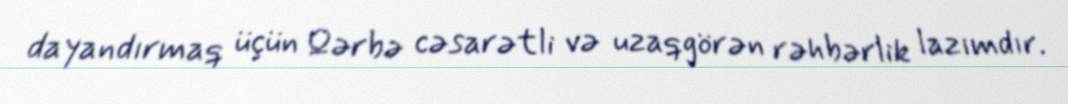
dayandırmaq üçün Qərbə cəsarətli və uzaqgörən rəhbərlik lazımdır.